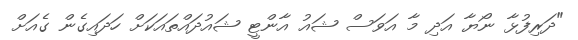
"ދަރިފުޅާ ނޯޔާ އަދި މާ އަވަސް ޝައު އާންޓީ ޝައުދައްތައަކަށް ހަދައިގެން ގެއަށް